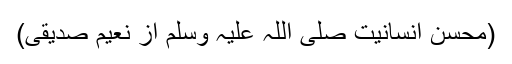
(محسن انسانیت صلی اللہ علیہ وسلم از نعیم صدیقی)